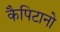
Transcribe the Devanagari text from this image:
कैपिटानो